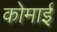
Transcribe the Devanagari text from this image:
कोमाई